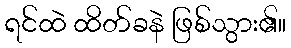
ရင်ထဲ ထိတ်ခနဲ ဖြစ်သွား၏။